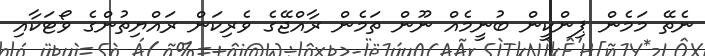
ނެތޭ މަމެން ޕިންކީން ބުނީމެއް ނޫން ތަމެން ރާއްޖޭގެ ވެރިކަން ރައްޔިތުންގެ ވޯޓަކާއި